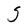
Character: S